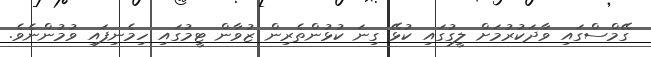
ގޭމްސްގައި ވާދަކުރުމަށް ލީގުގައި ކުޅޭ ގިނަ ކުޅުންތެރިން ޒުވާން ޓީމުގައި ހިމެނިފައި ވުމުންނެވެ.